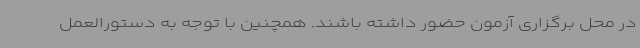
در محل برگزاری آزمون حضور داشته باشند. همچنین با توجه به دستورالعمل